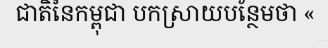
ជាតិនៃកម្ពុជា បកស្រាយបន្ថែមថា «